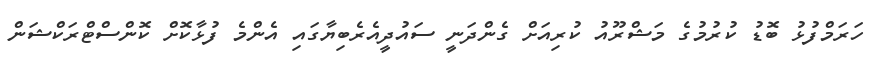
ހަރަމްފުޅު ބޮޑު ކުރުމުގެ މަޝްރޫއު ކުރިއަށް ގެންދަނީ ސައުދީއެެރެބިޔާގައި އެންމެ ފުޅާކޮށް ކޮންސްޓްރަކްޝަން